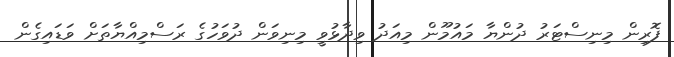
ފޮރިން މިނިސްޓަރު ދުންޔާ މައުމޫން މިއަދު ވިދާޅުވީ މިނިވަން ދުވަހުގެ ރަސްމިއްޔާތަށް ވަޑައިގެން